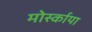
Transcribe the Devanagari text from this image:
मोर्स्काया